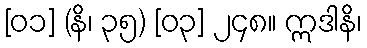
[၀၁] (နိ၊ ၃၅) [၀၃] ၂၄၈။ ဣဒါနိ၊